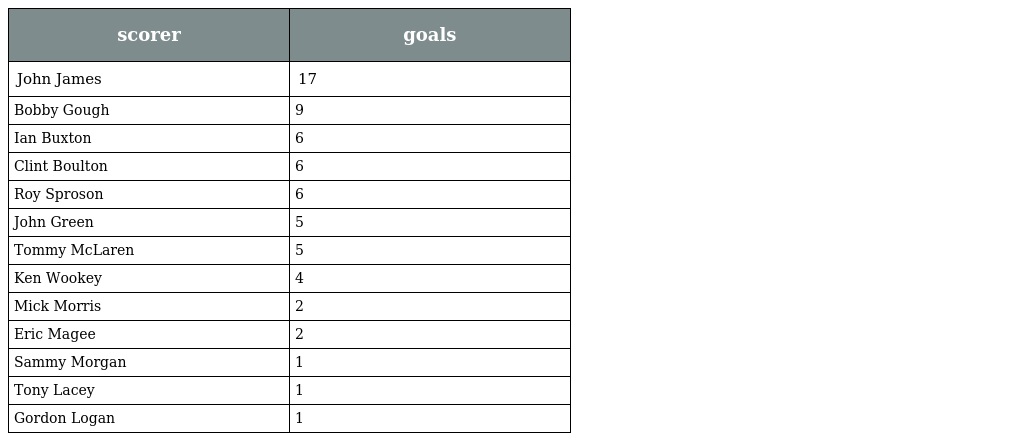
| scorer | goals |
 | --- | --- |
 | John James | 17 |
 | Bobby Gough | 9 |
 | Ian Buxton | 6 |
 | Clint Boulton | 6 |
 | Roy Sproson | 6 |
 | John Green | 5 |
 | Tommy McLaren | 5 |
 | Ken Wookey | 4 |
 | Mick Morris | 2 |
 | Eric Magee | 2 |
 | Sammy Morgan | 1 |
 | Tony Lacey | 1 |
 | Gordon Logan | 1 |